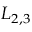
L _ { 2 , 3 }